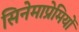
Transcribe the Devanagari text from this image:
सिनेमाप्रेमियों